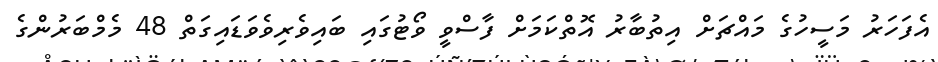
އެފަހަރު މަސީހުގެ މައްޗަށް އިތުބާރު އޮތްކަމަށް ފާސްވީ ވޯޓުގައި ބައިވެރިވެވަޑައިގަތް 48 މެމްބަރުންގެ